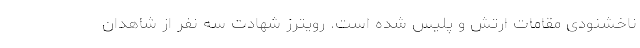
ناخشنودی مقامات ارتش و پلیس شده است. رویترز شهادت سه نفر از شاهدان